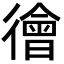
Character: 徻